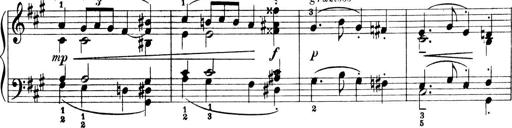
Title: 4 Sonatines
Composer: Max Reger